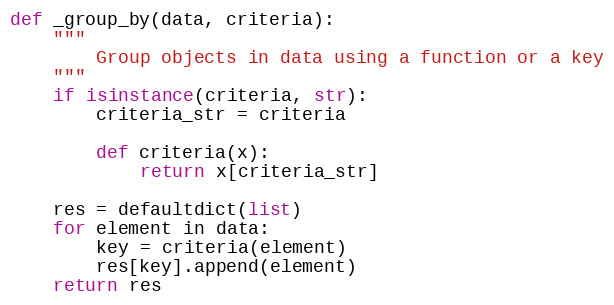
Language: Python
def _group_by(data, criteria):
    """
        Group objects in data using a function or a key
    """
    if isinstance(criteria, str):
        criteria_str = criteria

        def criteria(x):
            return x[criteria_str]

    res = defaultdict(list)
    for element in data:
        key = criteria(element)
        res[key].append(element)
    return res